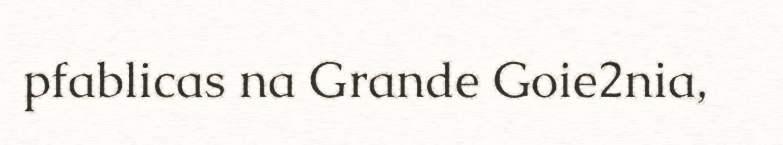
pfablicas na Grande Goie2nia,